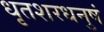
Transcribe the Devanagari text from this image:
धृतशरधनुषं